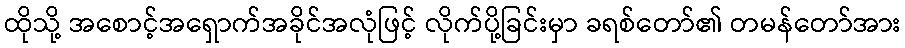
ထိုသို့ အစောင့်အရှောက်အခိုင်အလုံဖြင့် လိုက်ပို့ခြင်းမှာ ခရစ်တော်၏ တမန်တော်အား